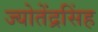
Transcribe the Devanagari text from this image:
ज्योतेंद्रसिंह